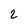
Character: 2